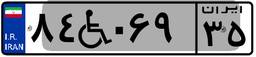
۵۵W۲۵۸۴۹